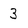
Character: 3